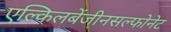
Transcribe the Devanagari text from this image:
एल्किलबेंजीनसल्फोनेट